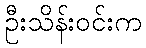
ဦးသိန်းဝင်းက